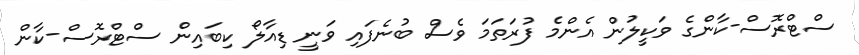
ސްޓްރޮސް-ކާންގެ ވަކީލުން އެންމެ ފުރަތަމަ ވެސް ބުނެފައި ވަނީ ޑިއާލޯ ކިބައިން ސްޓްރޮސް-ކާން